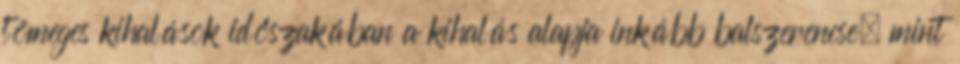
tömeges kihalások időszakában a kihalás alapja inkább balszerencse, mint